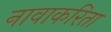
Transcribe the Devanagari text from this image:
नावाकरिता